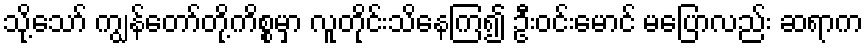
သို့သော် ကျွန်တော်တို့ကိစ္စမှာ လူတိုင်းသိနေကြ၍ ဦးဝင်းမောင် မပြောလည်း ဆရာက